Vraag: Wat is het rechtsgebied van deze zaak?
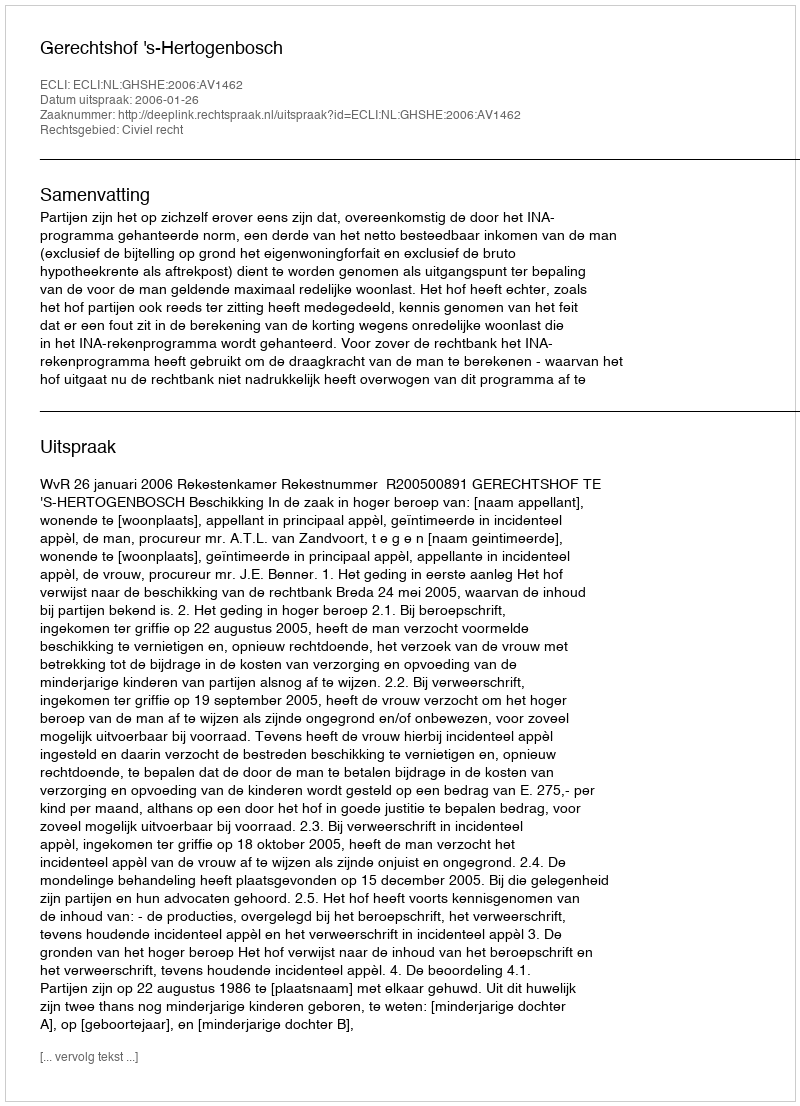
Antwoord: Civiel recht